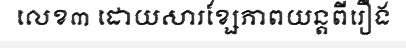
លេខ៣ ដោយសារខ្សែភាពយន្តពីរឿង